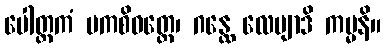
ပေါတ္ထကံ မကစိဝတ္ထေ၊ ဂန္ထေ လေပျာဒိ ကမ္မနိ။